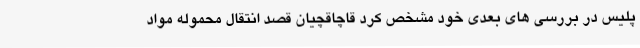
پلیس در بررسی های بعدی خود مشخص کرد قاچاقچیان قصد انتقال محموله مواد